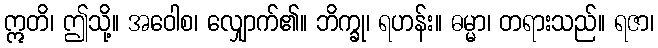
ဣတိ၊ ဤသို့။ အဝေါစ၊ လျှောက်၏။ ဘိက္ခု၊ ရဟန်း။ ဓမ္မာ၊ တရားသည်။ ရဇာ၊